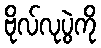
ဗိုလ်လုပွဲကို